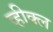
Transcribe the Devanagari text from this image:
व्हीक्ल